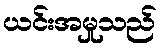
ယင်းအမှုသည်